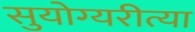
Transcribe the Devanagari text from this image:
सुयोग्यरीत्या